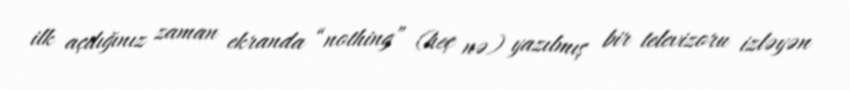
ilk açdığınız zaman ekranda “nothing” (heç nə) yazılmış bir televizoru izləyən